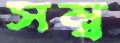
সম্ব